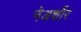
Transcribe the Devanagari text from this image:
नेअर्शोर